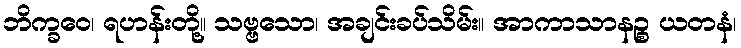
ဘိက္ခဝေ၊ ရဟန်းတို့။ သဗ္ဗသော၊ အချင်းခပ်သိမ်း။ အာကာသာနဉ္စ ယတနံ၊